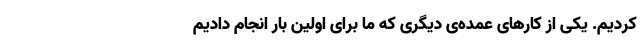
کردیم. یکی از کارهای عمده‌ی دیگری که ما برای اوّلین بار انجام دادیم